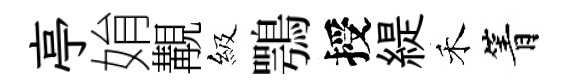
亭姢覯級鶚授緹禾箐